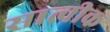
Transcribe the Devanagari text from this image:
सात्वीक